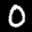
Label: 0